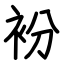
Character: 衯